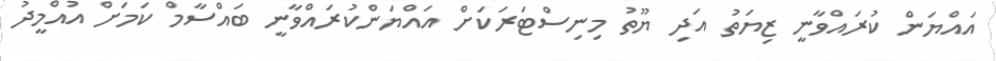
އައްޔަން ކުރައްވާނީ ޒިޔަތު އަދި ޔޫތު މިނިސްޓަރަކަށް އައްޔަންކުރައްވާނީ ބައްސާމް ކަމަށް އުއްމީދު